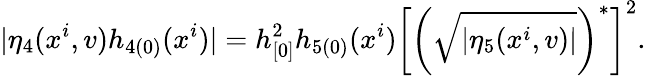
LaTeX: |\eta_{4}(x^{i},v)h_{4(0)}(x^{i})|=h_{[0]}^{2}h_{5(0)}(x^{i})\left[\left(\sqrt{|\eta_{5}(x^{i},v)|}\right)^{\ast}\right]^{2}.